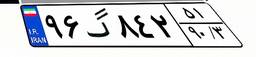
۹۶گ۸۴۲۵۱